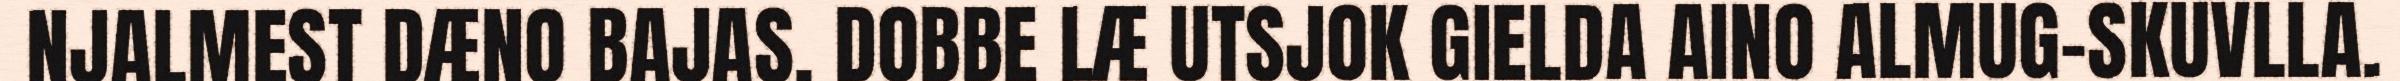
NJALMEST DÆNO BAJAS. DOBBE LÆ UTSJOK GIELDA AINO ALMUG-SKUVLLA.